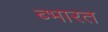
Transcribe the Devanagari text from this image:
ब्भारत